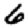
Digit: 6